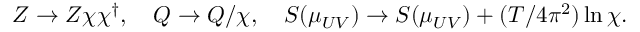
Z \to Z \chi \chi ^ { \dagger } , \quad Q \to Q / \chi , \quad S ( \mu _ { U V } ) \to S ( \mu _ { U V } ) + ( T / 4 \pi ^ { 2 } ) \ln \chi .